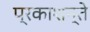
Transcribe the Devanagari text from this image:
प्रकाशन्ते